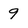
Character: 9